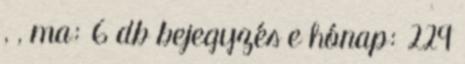
, , ma: 6 db bejegyzés e hónap: 229